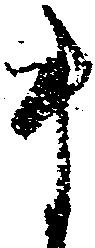
ま